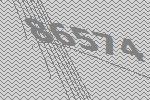
86574